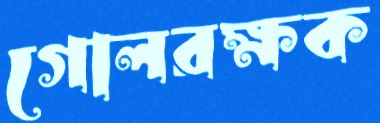
গোলরক্ষক